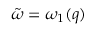
{ \tilde { \omega } } = \omega _ { 1 } ( q )